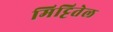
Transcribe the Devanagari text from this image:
मिट्टितेल